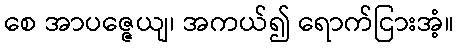
စေ အာပဇ္ဇေယျ၊ အကယ်၍ ရောက်ငြားအံ့။